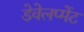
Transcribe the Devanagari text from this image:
डेवेलप्मेंट